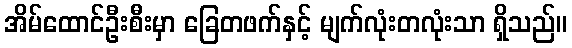
အိမ်ထောင်ဦးစီးမှာ ခြေတဖက်နှင့် မျက်လုံးတလုံးသာ ရှိသည်။